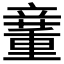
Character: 𥪿